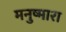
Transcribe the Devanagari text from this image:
मनुष्मारा